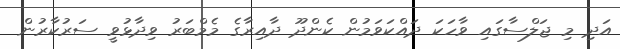
އަދި މި ޖަލްސާގައި ވާހަކަ ދައްކަވަމުން ކެންދޫ ދާއިރާގެ މެމްބަރު ވިދާޅުވީ ސަރުކާރުން